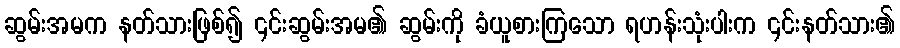
ဆွမ်းအမက နတ်သားဖြစ်၍ ၎င်းဆွမ်းအမ၏ ဆွမ်းကို ခံယူစားကြသော ရဟန်းသုံးပါးက ၎င်းနတ်သား၏